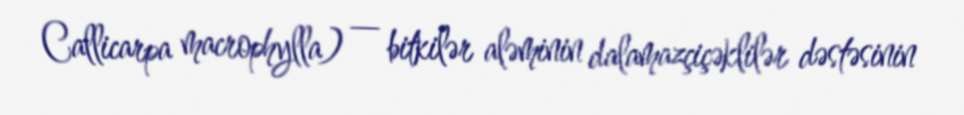
Callicarpa macrophylla) — bitkilər aləminin dalamazçiçəklilər dəstəsinin